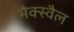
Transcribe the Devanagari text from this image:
मैक्स्वैल